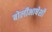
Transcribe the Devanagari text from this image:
बोलीभाषेशी